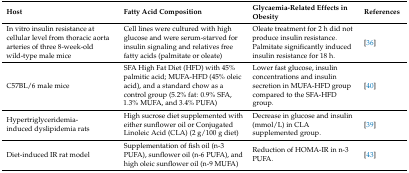
| Host | Fatty Acid Composition | Glycaemia-Related Effects in Obesity | References |
 | --- | --- | --- | --- |
 | In vitro insulin resistance at cellular level from thoracic aorta arteries of three 8-week-old wild-type male mice | Cell lines were cultured with high glucose and were serum-starved for insulin signaling and relatives free fatty acids (palmitate or oleate) | Oleate treatment for 2 h did not produce insulin resistance.Palmitate significantly induced insulin resistance for 18 h. | [36] |
 | C57BL/6 male mice | SFA High Fat Diet (HFD) with 45% palmitic acid; MUFA-HFD (45% oleic acid), and a standard chow as a control group (5.2% fat: 0.9% SFA, 1.3% MUFA, and 3.4% PUFA) | Lower fast glucose, insulin concentrations and insulin secretion in MUFA-HFD group compared to the SFA-HFD group. | [40] |
 | Hypertriglyceridemia-induced dyslipidemia rats | High sucrose diet supplemented with either sunflower oil or Conjugated Linoleic Acid (CLA) (2 g/100 g diet) | Decrease in glucose and insulin (mmol/L) in CLA supplemented group. | [39] |
 | Diet-induced IR rat model | Supplementation of fish oil (n-3 PUFA), sunflower oil (n-6 PUFA), and high oleic sunflower oil (n-9 MUFA) | Reduction of HOMA-IR in n-3 PUFA. | [43] |